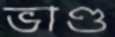
ভাণ্ড